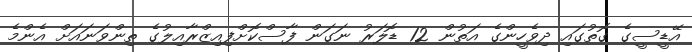
އޭޑީސީގެ ގޮތުގައި ދިވެހީންގެ އަތުން 12 ޑޮލަރު ނަގަން ފާސްކޮށްފިއިޒްރާއިލުގެ ތިންވަނައަށް އެންމެ